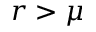
r > \mu